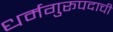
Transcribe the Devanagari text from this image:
धर्मगुरूपदाची